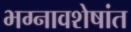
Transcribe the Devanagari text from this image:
भग्नावशेषांत